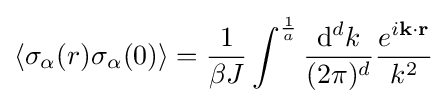
\left\langle \sigma _{\alpha }(r)\sigma _{\alpha }(0)\right\rangle ={\frac {1}{\beta J}}\int ^{\frac {1}{a}}{\frac {\mathrm {d} ^{d}k}{(2\pi )^{d}}}{\frac {e^{i\mathbf {k} \cdot \mathbf {r} }}{k^{2}}}